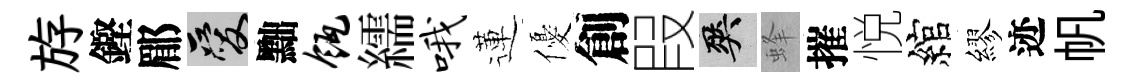
斿鏗郿爱黜瓴繻哦蓮優創叚爽蜂摧悦綰繆迹帆